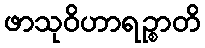
ဖာသုဝိဟာရဉ္စာတိ